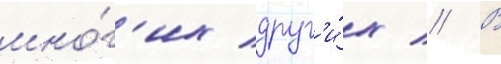
мно́г'их друг'и́х // В